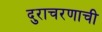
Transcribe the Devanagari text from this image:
दुराचरणाची